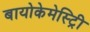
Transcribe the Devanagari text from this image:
बायोकेमेस्ट्रिी